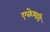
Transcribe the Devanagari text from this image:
एकेश्वरी